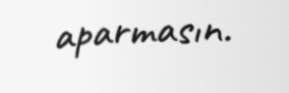
aparmasın.